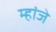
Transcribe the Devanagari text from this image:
म्हांजे